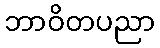
ဘာဝိတပညာ